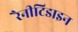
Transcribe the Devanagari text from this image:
रैनीटिडाइन